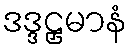
ဒဒ္ဒဠှမာနံ